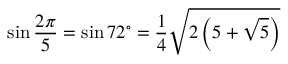
\sin { \frac { 2 \pi } { 5 } } = \sin 7 2 ^ { \circ } = { \frac { 1 } { 4 } } { \sqrt { 2 \left( 5 + { \sqrt { 5 } } \right) } }